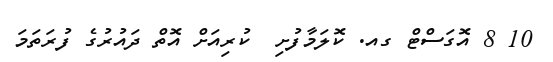
10 8 އޮގަސްޓް ގއ. ކޮލަމާފުށި  ކުރިއަށް އޮތް ދައުރުގެ ފުރަތަމަ